Civil Veterinary Dept. Bombay admin report 1907-1913 - 1907-1913
Year: 1907
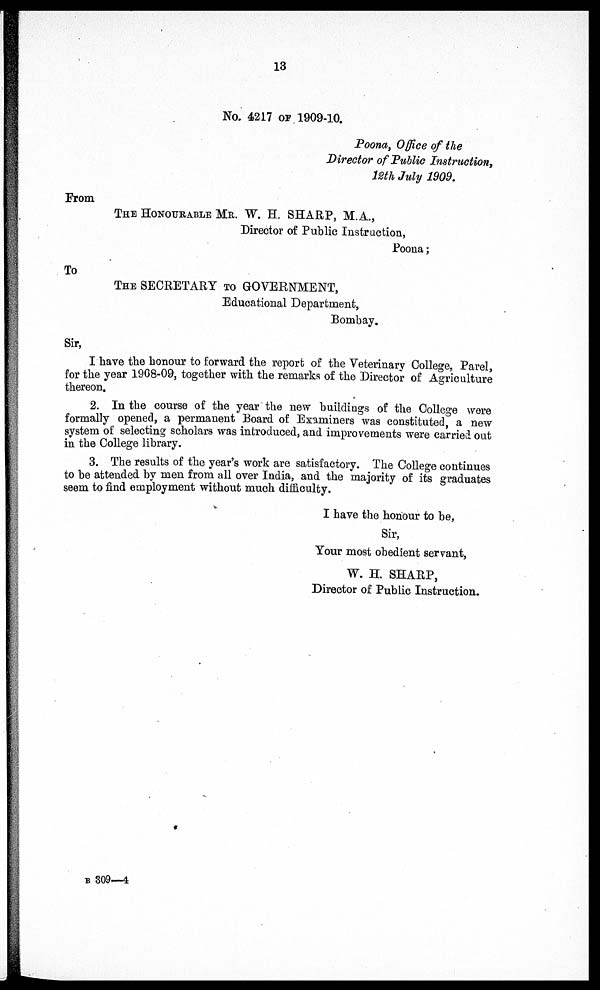
13
No. 4217 or 1909-10.
Poona, Office of the Director of Public Instruction, 12th July 1909.
From
THE HONOURABLE MR. W. H. SHARP, M.A.,
Director of Public Instruction,
Poona;
To
THE SECRETARY TO GOVERNMENT,
Educational Department,
Bombay.
Sir,
I have the honour to forward the report of the Veterinary College, Parel, for the year 1908-09, together with the remarks of the D
2. In the course of the year the new buildings of the College were formally opened, a permanent Board of Examiners was const
3. The results of the year's work are satisfactory. The College continues to be attended by men from all over India, and the majo
I have the honour to be,
Sir,
Your most obedient servant,
W. H. SHARP, Director of Public Instruction.
B 309—4